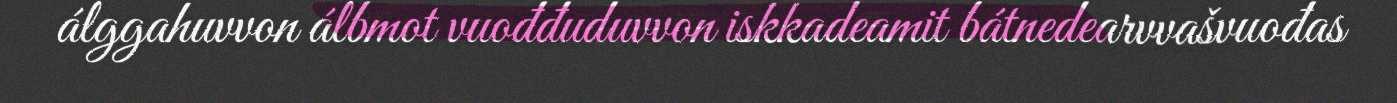
álggahuvvon álbmot vuođđuduvvon iskkadeamit bátnedearvvašvuođas